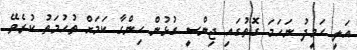
އަލީ ހަމީދު ނަހަމަ ގޮތުގައި ޖިންސީ ގުޅުން ހިންގާ ކަމަށް ތުހުމަތު ކުރެވޭ